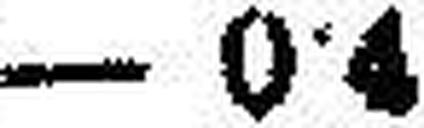
— 0•4